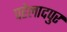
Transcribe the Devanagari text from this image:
पहेलादपुर